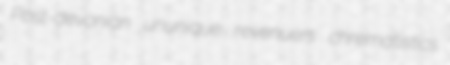
Post-devonian ununique revenuers chrematistics